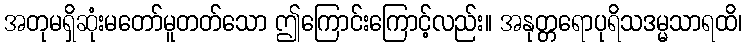
အတုမရှိဆုံးမတော်မူတတ်သော ဤကြောင်းကြောင့်လည်း။ အနုတ္တရောပုရိသဒမ္မသာရထိ၊